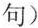
句)